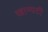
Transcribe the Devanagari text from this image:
खाम्पटी